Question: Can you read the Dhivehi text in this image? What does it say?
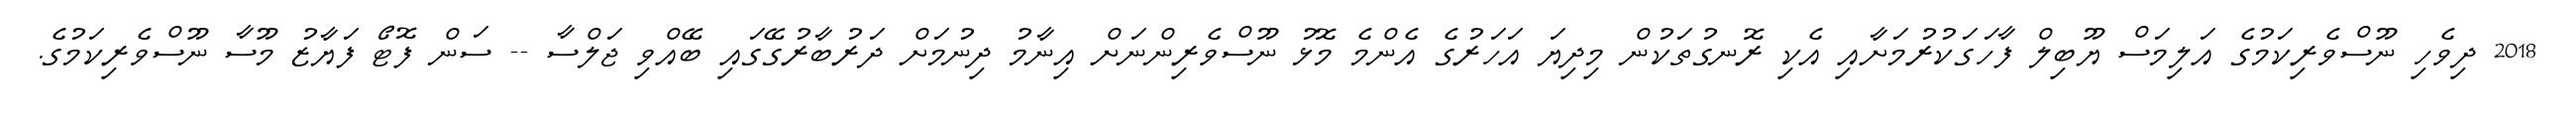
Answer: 2018 ދިވެހި ނޫސްވެރިކަމުގެ އަލިމަސް ޔޫބިލް ފާހަގަކުރުމަށާއި އެކި ރޮނގުތަކުން މިދިޔަ އަހަރުގެ އެންމެ މޮޅު ނޫސްވެރިންނަށް އިނާމު ދިނުމަށް ދަރުބާރުގޭގައި ބޭއްވި ޖަލްސާ -- ސަން ފޮޓޯ ފަޔާޒު މޫސާ ނޫސްވެރިކަމުގެ.